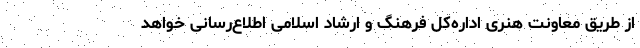
از طریق معاونت هنری اداره‌کل فرهنگ و ارشاد اسلامی اطلاع‌رسانی خواهد